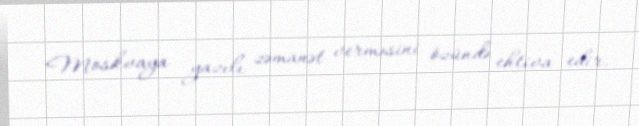
Moskvaya yazılı zəmanət verməsini özündə ehtiva edir.